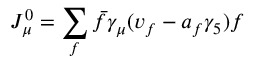
J _ { \mu } ^ { 0 } = \sum _ { f } \bar { f } \gamma _ { \mu } ( v _ { f } - a _ { f } \gamma _ { 5 } ) f